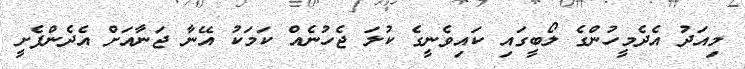
މިއަދު އެދެމީހުންގެ ލޯބީގައި ކައިވެނީގެ ކުލަ ޖެހުނެއް ކަމަކު އޭނާ ޖަނާއަށް އެދެންފެށީ